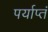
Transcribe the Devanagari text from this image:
पर्याप्तं